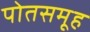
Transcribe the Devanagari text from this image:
पोतसमूह